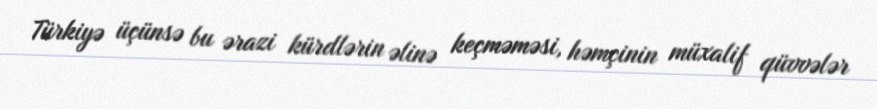
Türkiyə üçünsə bu ərazi kürdlərin əlinə keçməməsi, həmçinin müxalif qüvvələr